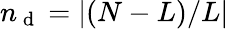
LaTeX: n_{\mathrm{~d~}}=|(N-L)/L|